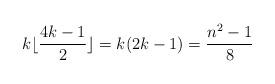
LaTeX: \begin{align*} k\lfloor \frac{4k-1}{2} \rfloor = k(2k-1) = \frac{n^2-1}{8}\end{align*}